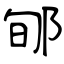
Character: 郇